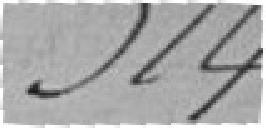
314